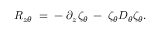
R _ { z \theta } \; = \; - \; \partial _ { z } \zeta _ { \theta } \; - \; \zeta _ { \theta } D _ { \theta } \zeta _ { \theta } .